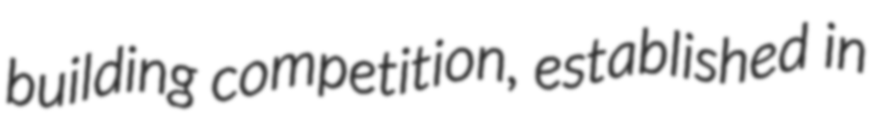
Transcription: building competition, established in